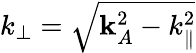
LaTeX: k_{\perp}=\sqrt{\mathbf{k}_{A}^{2}-k_{\parallel}^{2}}